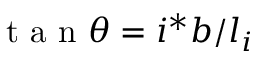
\mathrm { ~ t ~ a ~ n ~ } \theta = i ^ { * } b / l _ { i }